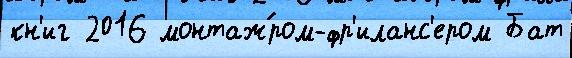
кн'иг 2016 монтаж́ром-фр'иланс'ером Бат